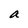
Character: a